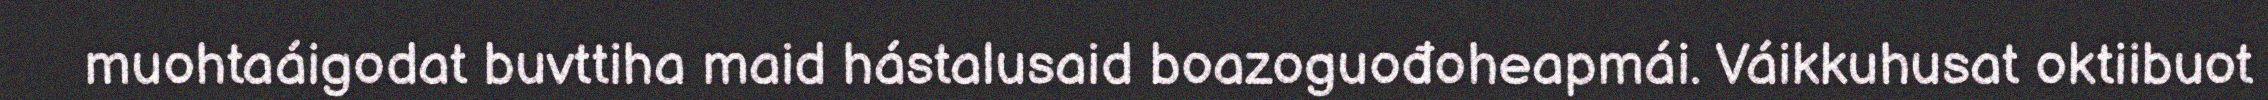
muohtaáigodat buvttiha maid hástalusaid boazoguođoheapmái. Váikkuhusat oktiibuot